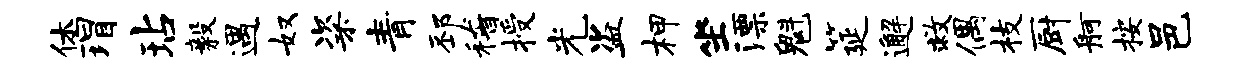
休瑁玷毅遇奴粢青邳稽授光盗柙坐漂魁筵邂救偶枝厨舸按邑